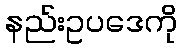
နည်းဥပဒေကို